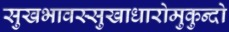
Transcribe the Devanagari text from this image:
सुखभावस्सुखाधारोमुकुन्दो